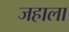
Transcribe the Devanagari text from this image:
जहाला